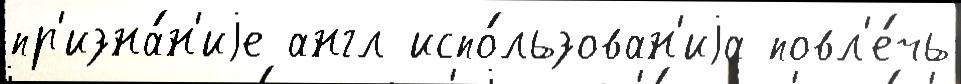
пр'изна́н'иjе англ испо́льзован'иjа повл'е́чь